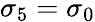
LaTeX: \sigma_{5}=\sigma_{0}